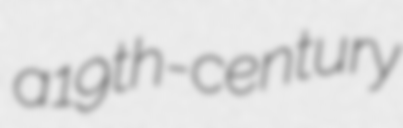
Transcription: a 19th-century